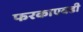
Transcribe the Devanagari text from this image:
फरकाएवढी